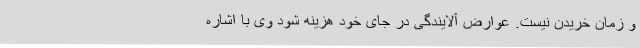
و زمان خریدن نیست. عوارض آلایندگی در جای خود هزینه شود وی با اشاره